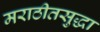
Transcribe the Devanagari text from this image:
मराठीतसुद्धा